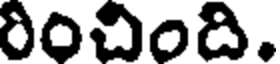
రించింది.